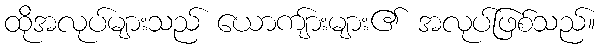
ထိုအလုပ်များသည် ယောကျ်ားများ၏ အလုပ်ဖြစ်သည်။